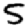
Digit: 5